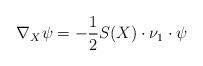
LaTeX: \begin{align*}\nabla_X\psi=-\frac{1}{2}S(X)\cdot\nu_1\cdot\psi\end{align*}